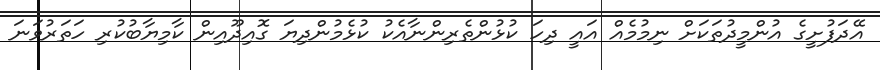
އޭދަފުށީގެ އުންމީދުތަކަށް ނިމުމެއް އައީ ދިހަ ކުޅުންތެރިންނާއެކު ކުޅެމުންދިޔަ ގޮއިދޫއިން ކާމިޔާބުކުރި ހަތަރުވަނަ